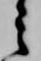
之